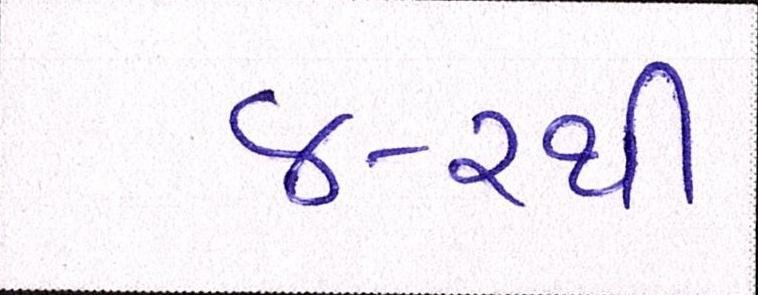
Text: ૪-૨થી